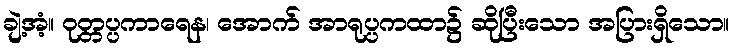
ချဲ့အံ့။ ဝုတ္တပ္ပကာရေန၊ အောက် အာရုပ္ပကထာ၌ ဆိုပြီးသော အပြားရှိသော။